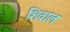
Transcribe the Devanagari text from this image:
शिवाल